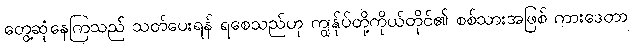
တွေ့ဆုံနေကြသည် သတ်ပေးရန် ရစေသည်ဟု ကျွန်ုပ်တို့ကိုယ်တိုင်၏ စစ်သားအဖြစ် ကားဒေတာ